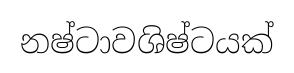
නෂ්ටාවශිෂ්ටයක්